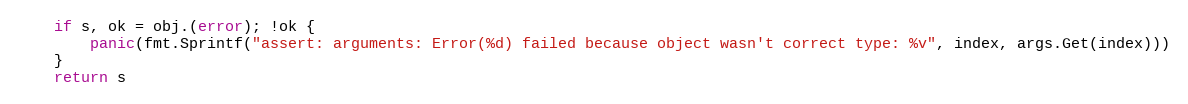
Language: Go
	if s, ok = obj.(error); !ok {
		panic(fmt.Sprintf("assert: arguments: Error(%d) failed because object wasn't correct type: %v", index, args.Get(index)))
	}
	return s